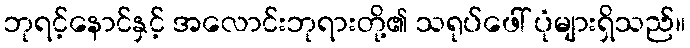
ဘုရင့်နောင်နှင့် အလောင်းဘုရားတို့၏ သရုပ်ဖေါ် ပုံများရှိသည်။